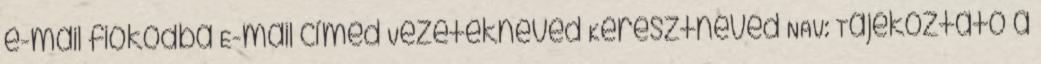
e-mail fiókodba E-mail címed Vezetékneved Keresztneved NAV: Tájékoztató a